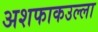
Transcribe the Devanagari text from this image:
अशफाकउल्ला